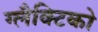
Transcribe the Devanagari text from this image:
ग्‍लैक्टिको